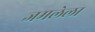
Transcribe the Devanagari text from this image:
जमलेला